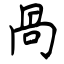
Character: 咼